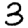
Digit: 3